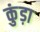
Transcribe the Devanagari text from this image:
कुंड़ा